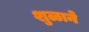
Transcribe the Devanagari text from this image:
शुळाने